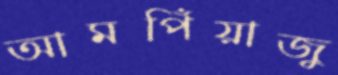
আমপিঁয়াজু